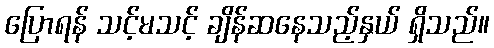
ပြောရန် သင့်မသင့် ချိန်ဆနေသည့်နှယ် ရှိသည်။